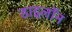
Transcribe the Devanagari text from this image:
डाइलॉन